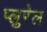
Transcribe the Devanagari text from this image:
प्लुरेल